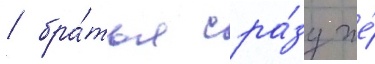
/ бра́тья сра́зу же́